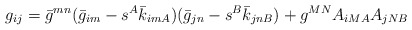
\begin{align*}g_{ij} =\bar{g}^{mn}(\bar{g}_{im}-s^{A}\bar{k}_{imA})(\bar{g}_{jn}-s^{B}\bar{k}_{jnB}) + g^{MN}A_{iMA}A_{jNB}\end{align*}